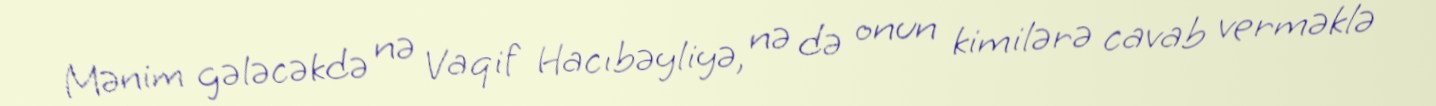
Mənim gələcəkdə nə Vaqif Hacıbəyliyə, nə də onun kimilərə cavab verməklə